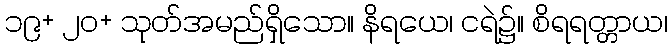
၁၉+ ၂၀+ သုတ်အမည်ရှိသော။ နိရယေ၊ ငရဲ၌။ စိရရတ္တာယ၊